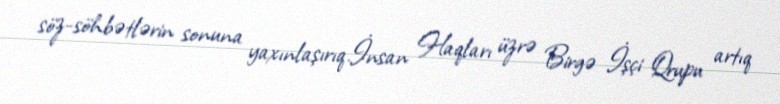
söz-söhbətlərin sonuna yaxınlaşırıq.İnsan Haqları üzrə Birgə İşçi Qrupu artıq